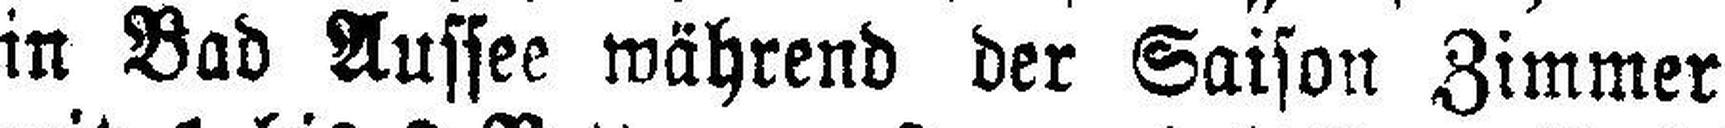
in Bad Aussee während der Saison Zimmer